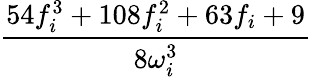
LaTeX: \frac{54f_{i}^{3}+108f_{i}^{2}+63f_{i}+9}{8\omega_{i}^{3}}